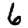
Digit: 6